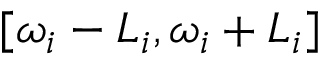
[ \omega _ { i } - L _ { i } , \omega _ { i } + L _ { i } ]